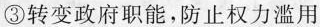
③转变政府职能，防止权力滥用